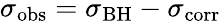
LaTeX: \sigma_{\mathrm{obs}}=\sigma_{\mathrm{BH}}-\sigma_{\mathrm{corr}}